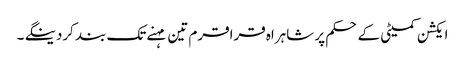
ایکشن کمیٹی کے حکم پر شاہراہ قراقرم تین مہنے تک بند کردینگے ۔